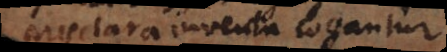
praeclara inventa cogantur.